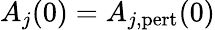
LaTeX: A_{j}(0)=A_{j,\mathrm{pert}}(0)